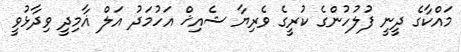
މައްކާގެ ދީނީ ފުލުހުންގެ ކުރީގެ ވެރިޔާ ޝެއިޚް އަހުމަދު އަލް ޣާމިދީ ވިދާޅުވީ